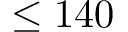
\leq 1 4 0